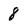
Character: 8